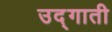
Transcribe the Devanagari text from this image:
उद्गाती